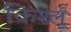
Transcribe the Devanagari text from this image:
किश्लू